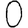
Digit: 0